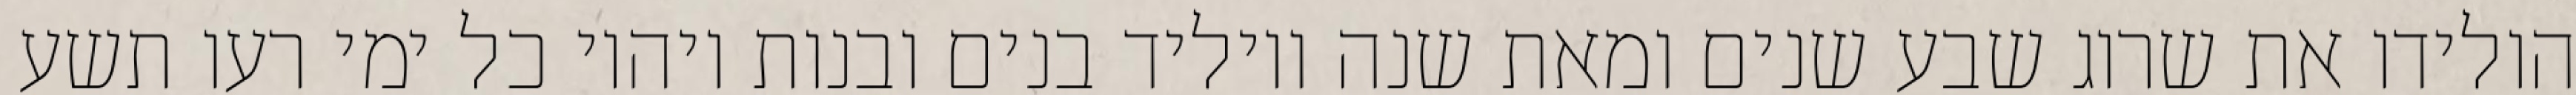
הולידו את שרוג שבע שנים ומאת שנה ויוליד בנים ובנות ויהיו כל ימי רעו תשע